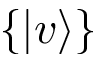
\{ | v \rangle \}